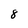
Character: 8